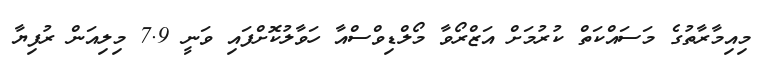
މިއިމާރާތުގެ މަސައްކަތް ކުރުމަށް އަޒްރޯވާ މޯލްޑިވްސްއާ ހަވާލުކޮށްފައި ވަނީ 7.9 މިލިއަން ރުފިޔާ